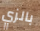
بالزي